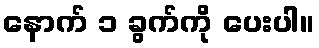
နောက် ၁ ခွက်ကို ပေးပါ။